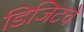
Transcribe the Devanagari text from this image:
डिजिटचे